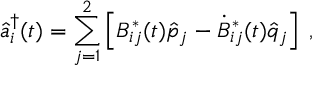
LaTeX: \hat { a } _ { i } ^ { \dag } ( t ) = \sum _ { j = 1 } ^ { 2 } \left[ B _ { i j } ^ { \ast } ( t ) \hat { p } _ { j } - \dot { B } _ { i j } ^ { \ast } ( t ) \hat { q } _ { j } \right] \; ,